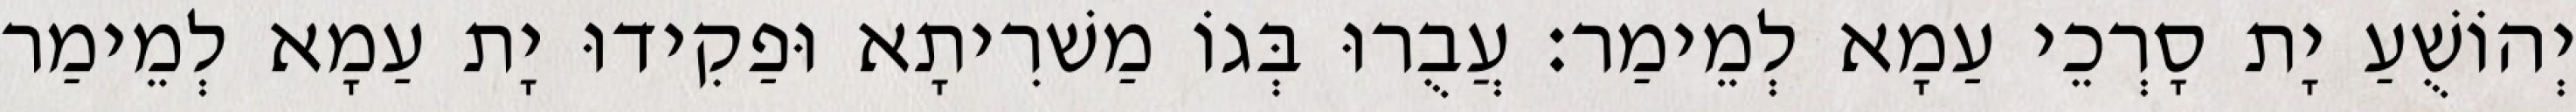
יְהוֹשֻׁעַ יָת סָרְכֵי עַמָא לְמֵימַר׃ עֲבֻרוּ בְּגוֹ מַשׁרִיתָא וּפַקִידוּ יָת עַמָא לְמֵימַר